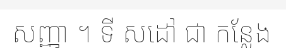
សញ្ញា ។ ទី សដៅ ជា កន្លែង